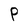
Character: P